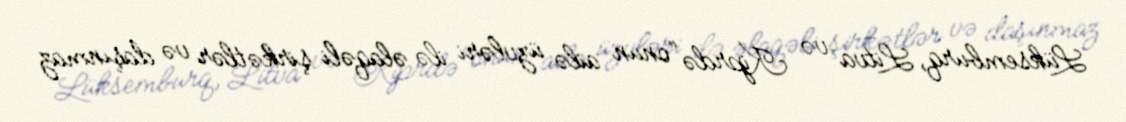
Lüksemburq, Litva və Kiprdə “onun ailə üzvləri ilə əlaqəli şirkətlər və daşınmaz